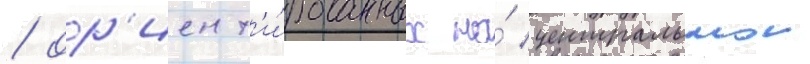
/ ор'иент'и́рованных на́ центральнои